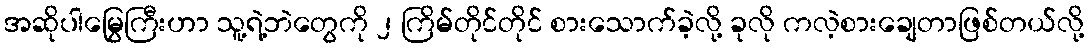
အဆိုပါမြွေကြီးဟာ သူ့ရဲ့ဘဲတွေကို ၂ ကြိမ်တိုင်တိုင် စားသောက်ခဲ့လို့ ခုလို ကလဲ့စားချေတာဖြစ်တယ်လို့